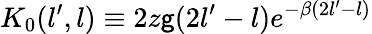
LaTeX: K_{0}(l^{\prime},l)\equiv2z\mathsf{g}(2l^{\prime}-l)e^{-\beta(2l^{\prime}-l)}